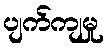
ပျက်ကျမှု